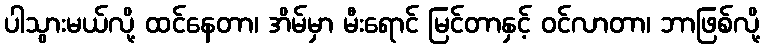
ပါသွားမယ်လို့ ထင်နေတာ၊ အိမ်မှာ မီးရောင် မြင်တာနှင့် ဝင်လာတာ၊ ဘာဖြစ်လို့